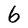
Character: 6